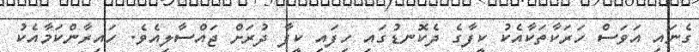
ގެނައި އަވަސް ހަރަކާތަކާއެކު ކީފާގެ ދެކޮނޑުގައި ހިފައި ކީފާ ދުރަށް ޖައްސާލިއެވެ. ހައިރާންކަމާއެކު